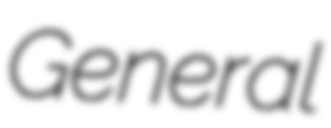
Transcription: General